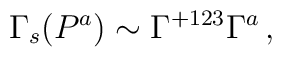
\Gamma_{s}(P^{a})\sim \Gamma^{+123}\Gamma^{a}\, ,